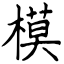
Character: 模